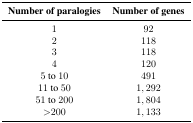
<table><thead><tr><td><b>Number of paralogies</b></td><td><b>Number of genes</b></td></tr></thead><tbody><tr><td>1</td><td>92</td></tr><tr><td>2</td><td>118</td></tr><tr><td>3</td><td>118</td></tr><tr><td>4</td><td>120</td></tr><tr><td>5 to 10</td><td>491</td></tr><tr><td>11 to 50</td><td>1, 292</td></tr><tr><td>51 to 200</td><td>1, 804</td></tr><tr><td>&gt;200</td><td>1, 133</td></tr></tbody></table>